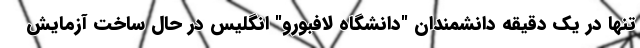
تنها در یک دقیقه دانشمندان "دانشگاه لافبورو" انگلیس در حال ساخت آزمایش